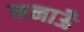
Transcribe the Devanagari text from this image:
मनाऊँ